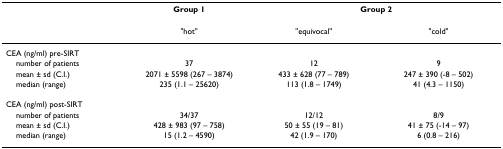
|  | Group 1 | <COLSPAN=2> Group 2 |
 | --- | --- | --- | --- |
 |  | "hot" | "equivocal" | "cold" |
 | CEA (ng/ml) pre-SIRT |  |  |  |
 | number of patients | 37 | 12 | 9 |
 | mean ± sd (C.I.) | 2071 ± 5598 (267 – 3874) | 433 ± 628 (77 – 789) | 247 ± 390 (-8 – 502) |
 | median (range) | 235 (1.1 – 25620) | 113 (1.8 – 1749) | 41 (4.3 – 1150) |
 | CEA (ng/ml) post-SIRT |  |  |  |
 | number of patients | 34/37 | 12/12 | 8/9 |
 | mean ± sd (C.I.) | 428 ± 983 (97 – 758) | 50 ± 55 (19 – 81) | 41 ± 75 (-14 – 97) |
 | median (range) | 15 (1.2 – 4590) | 42 (1.9 – 170) | 6 (0.8 – 216) |